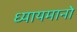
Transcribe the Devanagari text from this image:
ध्यायमानो